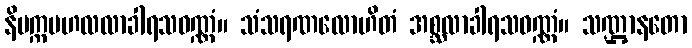
နိပက္ကဗဟလလာခါရသဝဏ္ဏံ။ သံသရဏလောဟိတံ အစ္ဆလာခါရသဝဏ္ဏံ။ သဏ္ဌာနတော